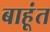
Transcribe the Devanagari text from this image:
बाहूंत